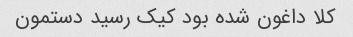
کلا داغون شده بود کیک رسید دستمون